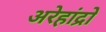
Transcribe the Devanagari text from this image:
अरेहांद्रो